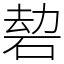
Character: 䂲